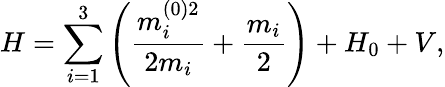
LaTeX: H=\sum_{i=1}^{3}\left(\frac{m_{i}^{(0)2}}{2m_{i}}+\frac{m_{i}}{2}\right)+H_{0}+V,